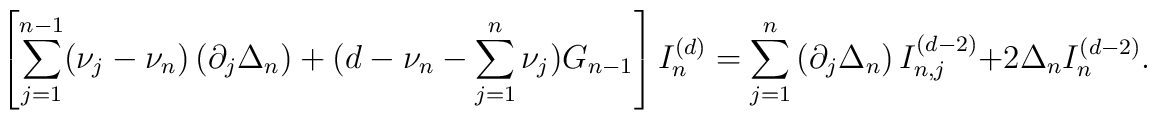
\left[ \sum_{j=1}^{n-1}(\nu_j-\nu_n) \left(\partial_j  \Delta_n \right) +(d-\nu_n-\sum_{j=1}^{n} \nu_j)G_{n-1} \right]I_n^{(d)}=\sum_{j=1}^{n} \left(\partial_j \Delta_n\right)I_{n,j}^{(d-2)}+2 \Delta_n I_{n}^{(d-2)}.